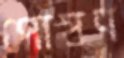
পোষণ